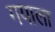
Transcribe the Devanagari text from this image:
गयाला